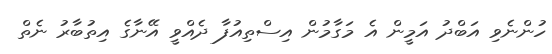
ހުންނެވި އަބްދު އަމީން އެ މަގާމުން އިސްތިއުފާ ދެއްވީ އޭނާގެ އިތުބާރު ނެތް